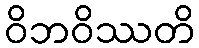
ဝိဘဝိဿတိ